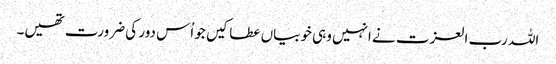
اللہ رب العزت نے انہیں وہی خوبیاں عطا کیں جو اُس دور کی ضرورت تھیں۔